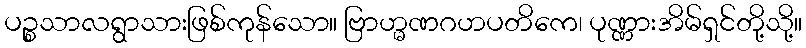
ပဉ္စသာလရွာသားဖြစ်ကုန်သော။ ဗြာဟ္မဏဂဟပတိကေ၊ ပုဏ္ဏားအိမ်ရှင်တို့သို့။